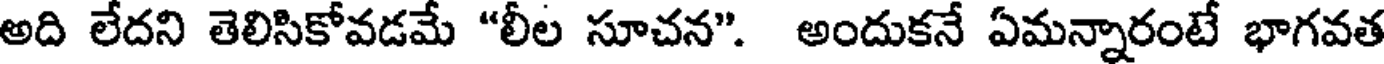
అది లేదని తెలిసికోవడమే "లీల సూచన". అందుకనే ఏమన్నారంటే భాగవత